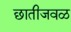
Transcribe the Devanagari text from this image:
छातीजवळ